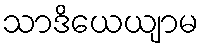
သာဒိယေယျာမ